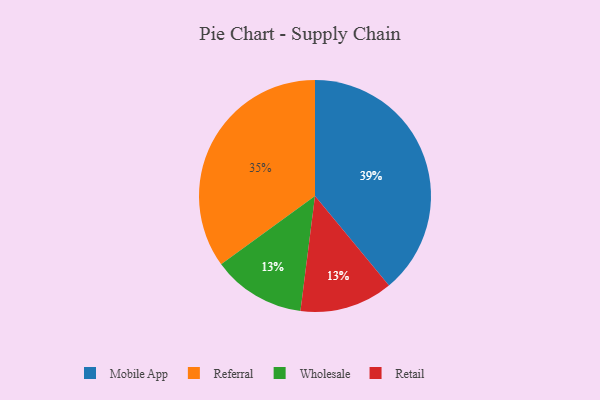
{"axis": {"x": "Category", "y": "Percentage"}, "legend": ["Mobile App", "Referral", "Retail", "Wholesale"], "data": [{"x": "Referral", "y": 35, "type": "Referral"}, {"x": "Wholesale", "y": 13, "type": "Wholesale"}, {"x": "Retail", "y": 13, "type": "Retail"}, {"x": "Mobile App", "y": 39, "type": "Mobile App"}]}